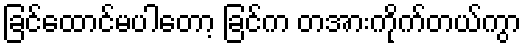
ခြင်ထောင်မပါတော့ ခြင်က တအားကိုက်တယ်ကွာ